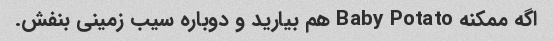
اگه ممکنه Baby Potato هم بیارید و دوباره سیب زمینی بنفش.